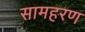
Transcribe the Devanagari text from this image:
सामहरण